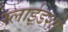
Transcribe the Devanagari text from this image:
स्लाईडशो